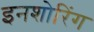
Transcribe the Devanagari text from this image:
इनशोरिंग